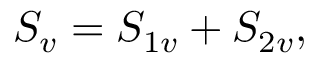
\begin{array} { r } { S _ { v } = S _ { 1 v } + S _ { 2 v } , } \end{array}